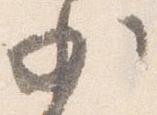
少